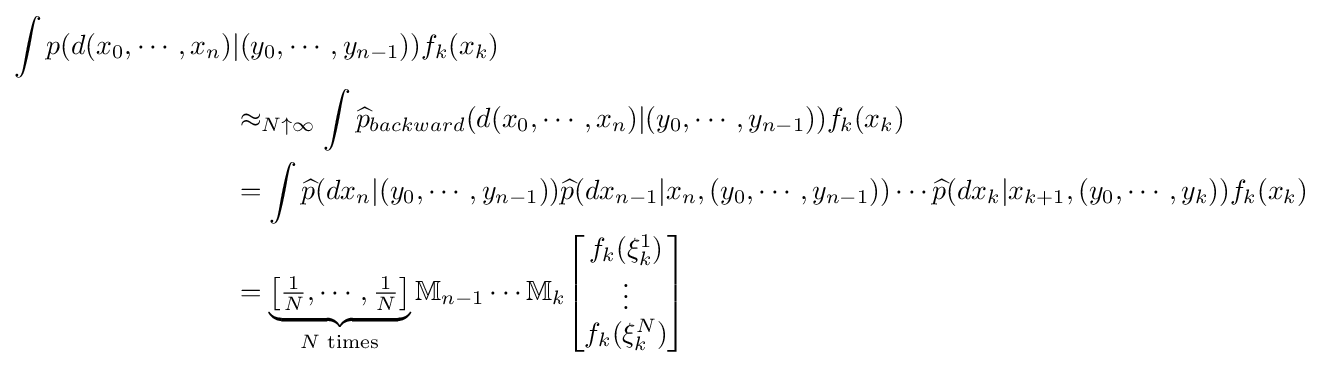
{\begin{aligned}\int p(d(x_{0},\cdots ,x_{n})&|(y_{0},\cdots ,y_{n-1}))f_{k}(x_{k})\\&\approx _{N\uparrow \infty }\int {\widehat {p}}_{backward}(d(x_{0},\cdots ,x_{n})|(y_{0},\cdots ,y_{n-1}))f_{k}(x_{k})\\&=\int {\widehat {p}}(dx_{n}|(y_{0},\cdots ,y_{n-1})){\widehat {p}}(dx_{n-1}|x_{n},(y_{0},\cdots ,y_{n-1}))\cdots {\widehat {p}}(dx_{k}|x_{k+1},(y_{0},\cdots ,y_{k}))f_{k}(x_{k})\\&=\underbrace {\left[{\tfrac {1}{N}},\cdots ,{\tfrac {1}{N}}\right]} _{N{\text{ times}}}\mathbb {M} _{n-1}\cdots \mathbb {M} _{k}{\begin{bmatrix}f_{k}(\xi _{k}^{1})\\\vdots \\f_{k}(\xi _{k}^{N})\end{bmatrix}}\end{aligned}}